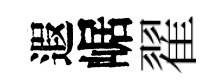
遐崌翟